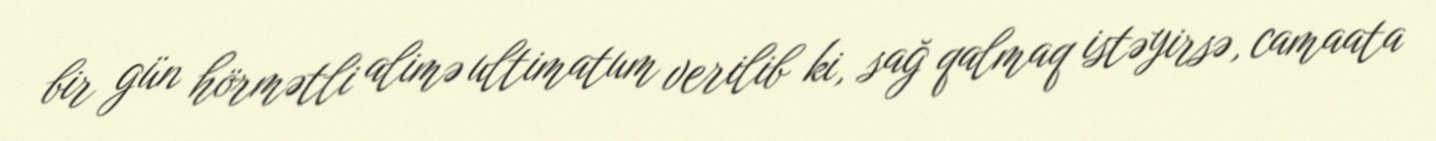
bir gün hörmətli alimə ultimatum verilib ki, sağ qalmaq istəyirsə, camaata